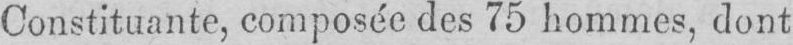
Constituante, composée des 75 hommes, dont